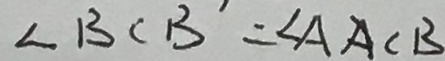
\angle B C B ^ { \prime } = \angle A A C B